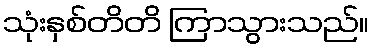
သုံးနှစ်တိတိ ကြာသွားသည်။